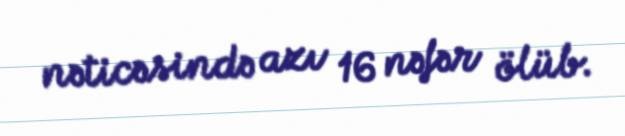
nəticəsində azı 16 nəfər ölüb.